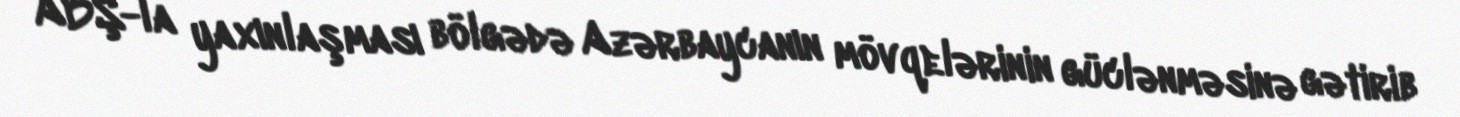
ABŞ-la yaxınlaşması bölgədə Azərbaycanın mövqelərinin güclənməsinə gətirib